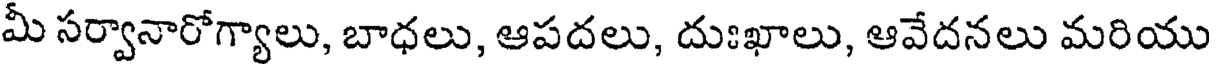
మీ సర్వానారోగ్యాలు, బాధలు, ఆపదలు, దుఃఖాలు, ఆవేదనలు మరియు